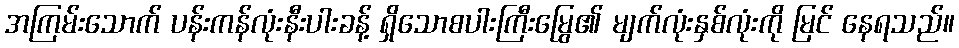
အကြမ်းသောက် ပန်းကန်လုံးနီးပါးခန့် ရှိသောစပါးကြီးမြွေ၏ မျက်လုံးနှစ်လုံးကို မြင် နေရသည်။